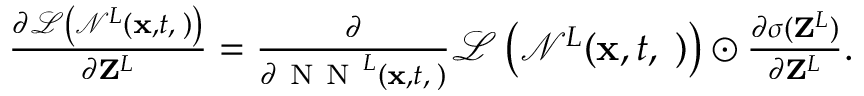
\begin{array} { r } { \frac { \partial \mathcal { L } \left( \mathcal { N } ^ { L } ( { \bf x } , t , { \bf \phi } ) \right) } { \partial { \bf Z } ^ { L } } = \frac { \partial } { \partial \mathrm { ~ N ~ N ~ } ^ { L } ( { \bf x } , t , { \bf \phi } ) } \mathcal { L } \left( \mathcal { N } ^ { L } ( { \bf x } , t , { \bf \phi } ) \right) \odot \frac { \partial \sigma ( { \bf Z } ^ { L } ) } { \partial { \bf Z } ^ { L } } . } \end{array}